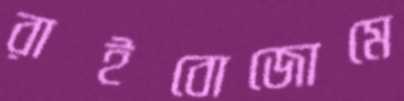
রাইবোজোমে